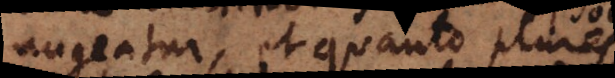
augeatur, et quanto plures